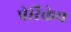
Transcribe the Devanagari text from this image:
पेरिक्रेप